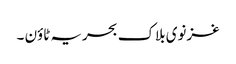
غزنوی بلاک بحریہ ٹاؤن ۔